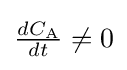
{\tfrac {dC_{\rm {A}}}{dt}}\neq 0